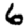
Digit: 6